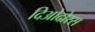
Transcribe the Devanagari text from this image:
दिओदोरस